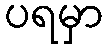
ပရမှာ